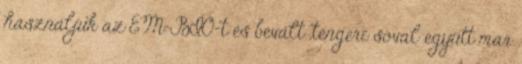
használjuk az EM-BIO-t és bevált ,tengeri sóval együtt mar